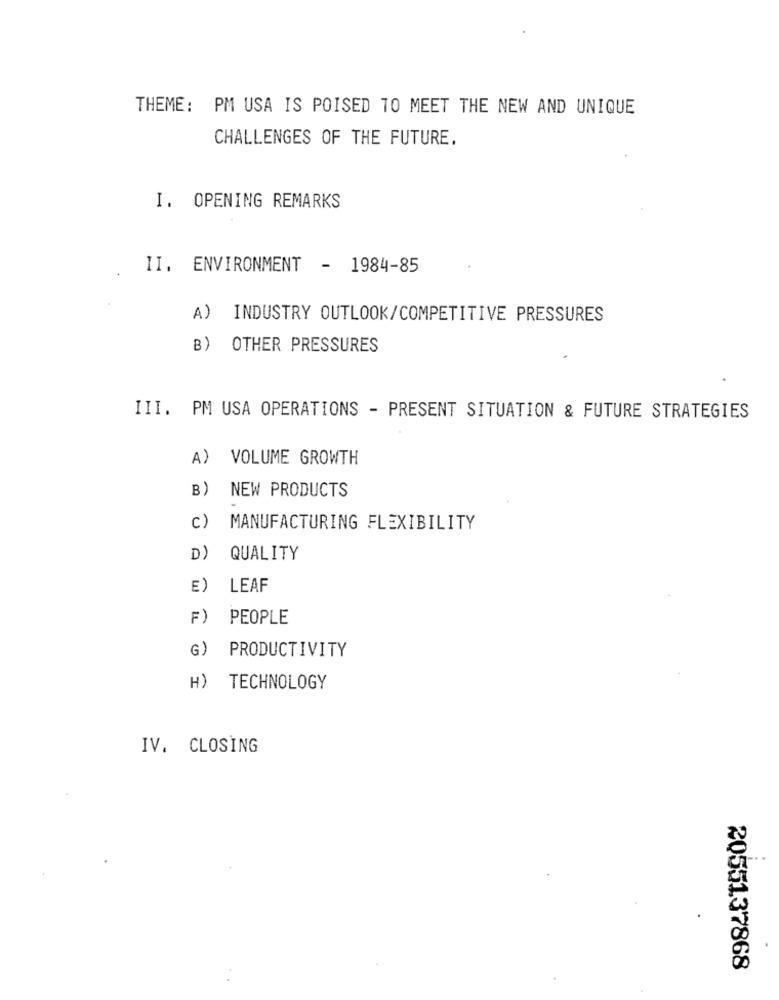
THEME: PM USA IS POISED TO MEET THE NEW AND UNIQUE
CHALLENGES OF THE FUTURE.
I. OPENING REMARKS
II. ENVIRONMENT - 1984-85
A) INDUSTRY OUTLOOK/COMPETITIVE PRESSURES
B) OTHER PRESSURES
III. PM USA OPERATIONS - PRESENT SITUATION & FUTURE STRATEGIES
A)
VOLUME GROWTH
B)
NEW PRODUCTS
c)
MANUFACTURING FLEXIBILITY
D)
QUALITY
E)
LEAF
F)
PEOPLE
PRODUCTIVITY
G)
H)
TECHNOLOGY
IV. CLOSING
2055137868